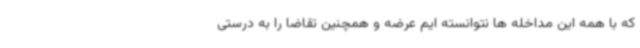
که با همه این مداخله ها نتوانسته ایم عرضه و همچنین تقاضا را به درستی